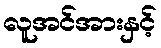
လူအင်အားနှင့်